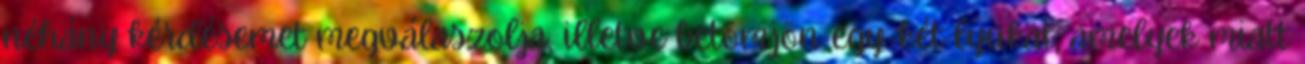
néhány kérdésemet megválaszolja, illetve betömjön egy-két lyukat, amelyek miatt